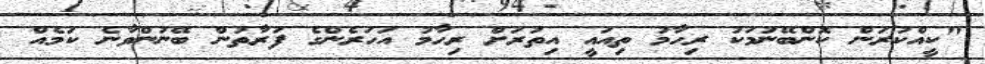
"ކީއްކުރަން ކޮންބޭނުމަކު ރިހާމު ތިއައީ އިތުރަށް ރިހާމު އަހަރެންގެ ފަރާތުން ބޭނުންވާނެ ކަމެއް